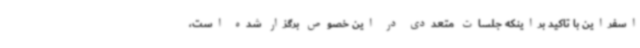
اسفراین با تاکید براینکه جلسات متعددی در این خصوص برگزار شده است،